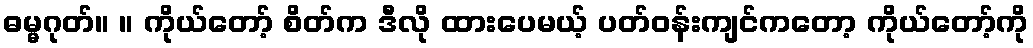
ဓမ္မဂုတ်။ ။ ကိုယ်တော့် စိတ်က ဒီလို ထားပေမယ့် ပတ်ဝန်းကျင်ကတော့ ကိုယ်တော့်ကို